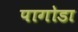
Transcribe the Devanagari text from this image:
पागोडा